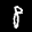
Label: 8